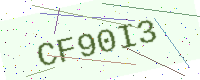
Text: CF90I3